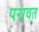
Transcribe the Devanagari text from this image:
परावत